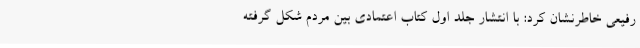
رفیعی خاطرنشان کرد: با انتشار جلد اول کتاب اعتمادی بین مردم ‌شکل گرفته